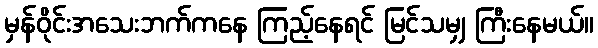
မှန်ဝိုင်းအသေးဘက်ကနေ ကြည့်နေရင် မြင်သမျှ ကြီးနေမယ်။